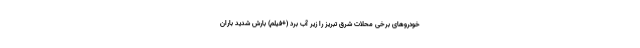
خودروهای برخی محلات شرق تبریز را زیر آب برد (+فیلم) بارش شدید باران